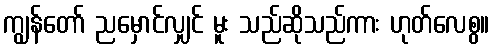
ကျွန်တော် ညမှောင်လျှင် မူး သည်ဆိုသည်ကား ဟုတ်လေစွ။